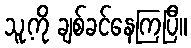
သူ့ကို ချစ်ခင်နေကြပြီ။